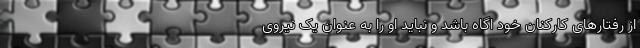
از رفتارهای کارکنان خود اگاه باشد و نباید او را به عنوان یک نیروی